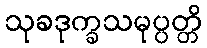
သုခဒုက္ခသမုပ္ပတ္တိ